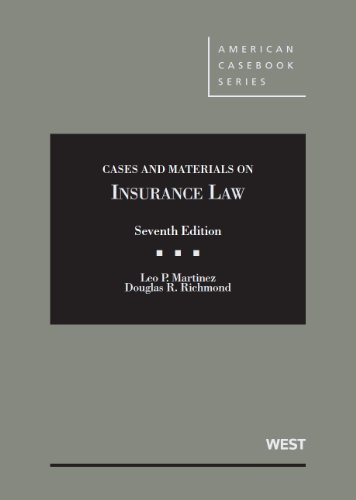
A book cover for Cases and Materials on Insurance Law (American Casebook Series); Leo Martinez; Law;